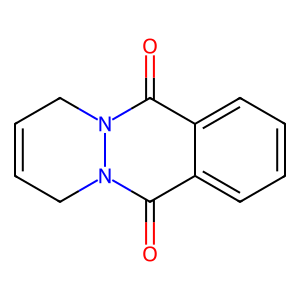
SMILES: O=c1c2ccccc2c(=O)n2n1CC=CC2
Inhibits HIV replication: No